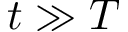
t \gg T